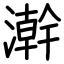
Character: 澣